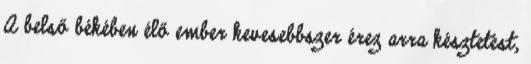
A belső békében élő ember kevesebbszer érez arra késztetést,